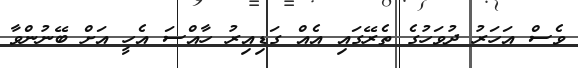
ވެސް އަހަރު ދުވަހުގެ ތެރޭގައި އެއް ގަޑިއިރު ހާއްސަ އެހީ އަށް ބޭނުންވާ